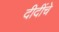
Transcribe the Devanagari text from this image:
दीदींचे